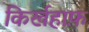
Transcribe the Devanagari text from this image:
किर्खहाफ़